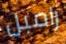
رامبل